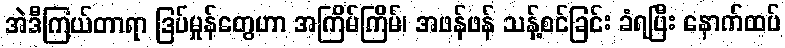
အဲဒီကြယ်တာရာ ဒြပ်မှုန်တွေဟာ အကြိမ်ကြိမ်၊ အဖန်ဖန် သန့်စင်ခြင်း ခံရပြီး နောက်ထပ်